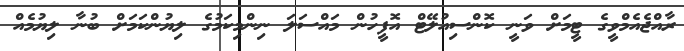
ރާއްޖެއެމްވީގެ ޓީމަށް ވަނީ ކޮންސިއުލޭޓް އޮފީހުން މައްސަލަ ނިންމިކަމުގެ ލިޔުންކަމަށް ބުނާ ލިޔުމެއް